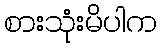
စားသုံးမိပါက